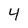
Character: 4